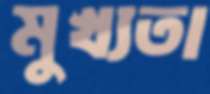
মুখ্যতা